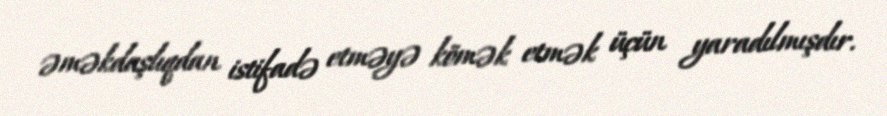
əməkdaşlıqdan istifadə etməyə kömək etmək üçün yaradılmışdır.